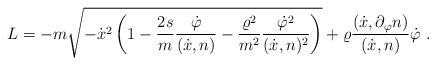
\begin{align*}L=-m\sqrt{-\dot{x}^2\left (1-\frac{2s}{m}\frac{\dot{\varphi}}{(\dot{x},n)}-\frac{\varrho^2}{m^2}\frac{\dot{\varphi}^2}{(\dot{x},n)^2}\right )}+\varrho\frac{(\dot{x},\partial_\varphi n)}{(\dot{x},n)}\dot{\varphi}\ .\end{align*}